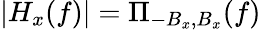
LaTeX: |H_{x}(f)|=\Pi_{-B_{x},B_{x}}(f)